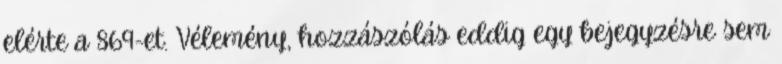
elérte a 869-et. Vélemény, hozzászólás eddig egy bejegyzésre sem